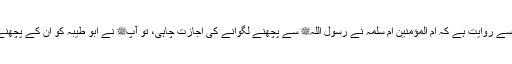
1481: سیدنا جابرؓ سے روایت ہے کہ اُمّ المؤمنین اُمّ سلمہؓ نے رسول اللہﷺ سے پچھنے لگوانے کی اجازت چاہی، تو آپﷺ نے ابو طیبہ کو ان کے پچھنے لگانے کا حکم دیا۔